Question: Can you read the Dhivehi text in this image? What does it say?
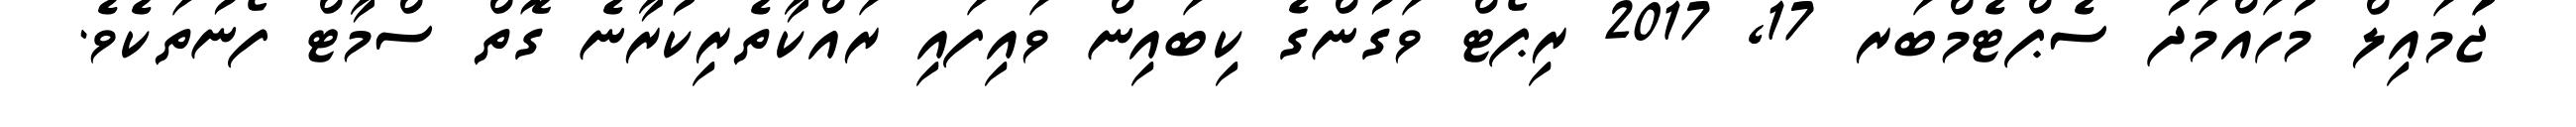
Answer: ޖުަމައިލް މުހައްމަދު ސެޕްޓެމްބަރ 17, 2017 ރިޕޯޓް ވަގުންގެ ކިބައިން ވައިފައި ރައްކާތެރިކުރާނެ ގޮތް ސްމާޓް ފޯނުތަކެވެ.